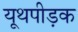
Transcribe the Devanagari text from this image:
यूथपीड़क